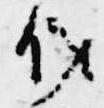
儀